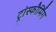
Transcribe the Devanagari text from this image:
ट्रांस्फौर्मिंग